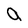
Character: a